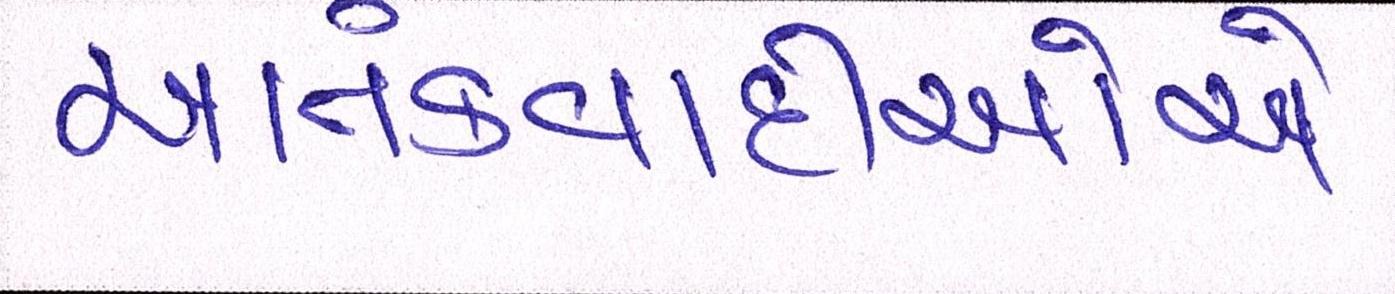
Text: આતંકવાદીઓેએ